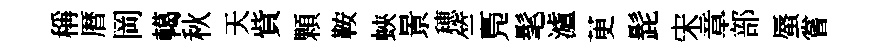
稱暦岡轕秋天貲顆鞍蛺㬌穂竺鳬髦瀘茰髭宋章部蜃嘗